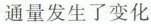
通量发生了变化